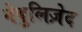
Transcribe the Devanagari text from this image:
नेबुलिज़ेद